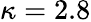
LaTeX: \kappa=2.8